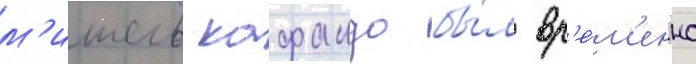
м'ишель кафандо бы́л вр'е́м'енно